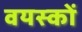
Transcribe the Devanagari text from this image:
वयस्‍कों